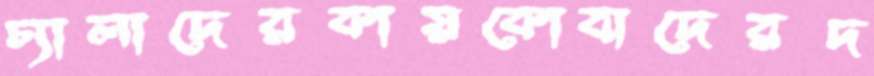
চ্যালাদেরকায়কোবাদেরদ